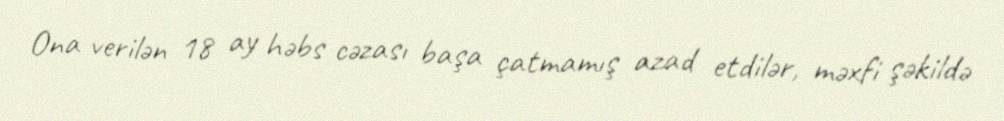
Ona verilən 18 ay həbs cəzası başa çatmamış azad etdilər, məxfi şəkildə